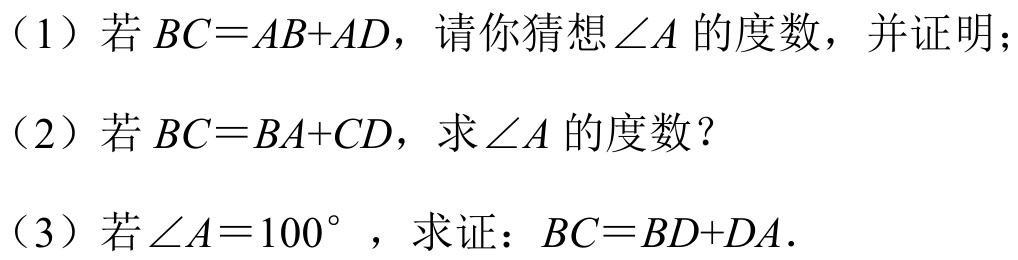
（1）若 \(BC = AB + AD\)，请你猜想\(\angle A\) 的度数，并证明；
（2）若 \(BC = BA + CD\)，求\(\angle A\) 的度数？
（3）若\(\angle A = 100^{\circ}\) ，求证：\(BC = BD + DA\).